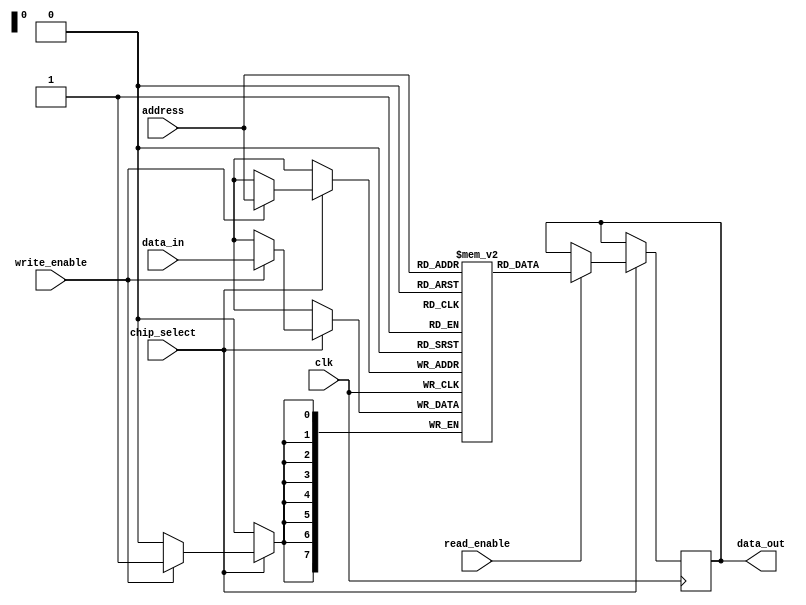
module mram_io_block #(
    parameter DATA_WIDTH = 8,   // Width of the data bus
    parameter ADDR_WIDTH = 8    // Width of the address bus
)(
    input wire clk,                     // Clock signal
    input wire chip_select,             // Chip select signal
    input wire read_enable,             // Read enable signal
    input wire write_enable,            // Write enable signal
    input wire [ADDR_WIDTH-1:0] address, // Address bus
    input wire [DATA_WIDTH-1:0] data_in, // Data input bus
    output reg [DATA_WIDTH-1:0] data_out // Data output bus
);

    // Memory array
    reg [DATA_WIDTH-1:0] memory [(1<<ADDR_WIDTH)-1:0];

    // Internal signals
    reg [DATA_WIDTH-1:0] data_latch;

    // Control logic
    always @(posedge clk) begin
        if (chip_select) begin
            // Write operation
            if (write_enable) begin
                memory[address] <= data_in; // Write data to memory
            end
            // Read operation
            if (read_enable) begin
                data_out <= memory[address]; // Read data from memory
            end
        end
    end

    // Optional: Power management logic (stubbed out for simplicity)
    // Implement power management features here

    // Optional: Error detection logic (stubbed out for simplicity)
    // Implement error detection features here

endmodule